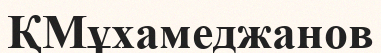
ҚМұхамеджанов